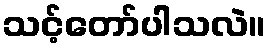
သင့်တော်ပါသလဲ။